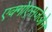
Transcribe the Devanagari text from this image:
एक्गोएसजेओन